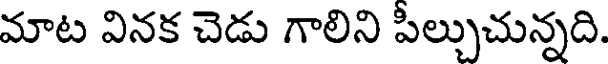
మాట వినక చెడు గాలిని పీల్చుచున్నది.